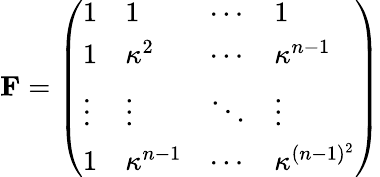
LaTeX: \mathbf{F}=\left(\begin{array}{llll}{1}&{1}&{\cdots}&{1}\\ {1}&{\kappa^{2}}&{\cdots}&{\kappa^{\textit{n}-1}}\\ {\vdots}&{\vdots}&{\ddots}&{\vdots}\\ {1}&{\kappa^{\textit{n}-1}}&{\cdots}&{\kappa^{(\textit{n}-1)^{2}}}\end{array}\right)